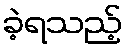
ခဲ့ရသည့်